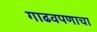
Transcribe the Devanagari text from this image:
गाढवपणाचा